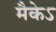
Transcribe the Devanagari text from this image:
मैकेऽ